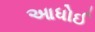
આધોઈ